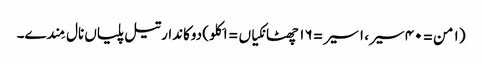
(١ من = ٤٠ سیر، ١ سیر = ١٦ چھٹانکیاں = ١ کِلو) دوکاندار تیل پلیاں نال مِندے۔